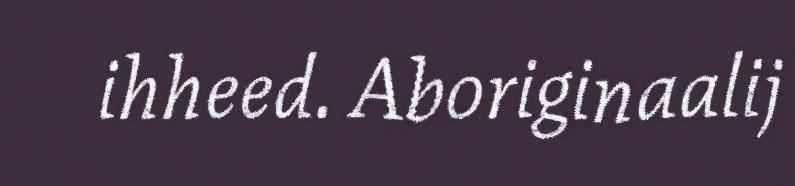
ihheed. Aboriginaalij